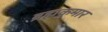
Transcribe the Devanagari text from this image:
ब्रह्मकुमार